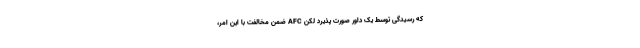
که رسیدگی توسط یک داور صورت پذیرد لکن AFC ضمن مخالفت با این امر،